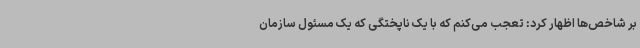
بر شاخص‌ها اظهار کرد: تعجب می‌کنم که با یک ناپختگی که یک مسئول سازمان